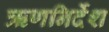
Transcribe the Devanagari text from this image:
ऋणनिर्देश